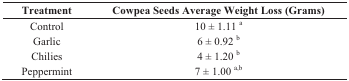
<table><thead><tr><td><b>Treatment</b></td><td><b>Cowpea Seeds Average Weight Loss (Grams)</b></td></tr></thead><tbody><tr><td>Control</td><td>10 ± 1.11 <sup>a</sup></td></tr><tr><td>Garlic</td><td>6 ± 0.92 <sup>b</sup></td></tr><tr><td>Chilies</td><td>4 ± 1.20 <sup>b</sup></td></tr><tr><td>Peppermint</td><td>7 ± 1.00 <sup>a,b</sup></td></tr></tbody></table>